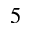
5